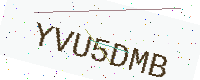
Text: YVU5DMB